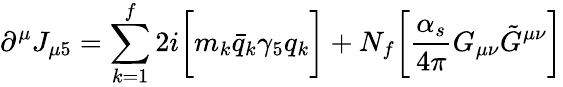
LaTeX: \partial^{\mu}J_{\mu 5}=\sum_{k=1}^{f}2i\biggl[m_{k}\bar{q}_{k}\gamma_{5}q_{k}\biggr]+N_{f}\biggl[{\frac{\alpha_{s}}{4\pi}}G_{\mu\nu}{\tilde{G}}^{\mu\nu}\biggr]